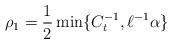
LaTeX: \begin{align*} \rho_1=\frac12\min\{ { C_{t}^{-1}}, \ell^{-1}\alpha\} \end{align*}